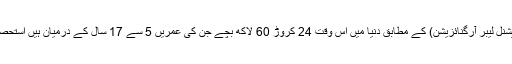
آئی ایل او (انٹرنیشنل لیبر آرگنائزیشن) کے مطابق دنیا میں اس وقت 24 کروڑ 60 لاکھ بچے جن کی عمریں 5 سے 17 سال کے درمیان ہیں استحصال کا شکار ہیں۔